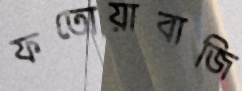
ফতোয়াবাজি